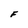
Character: F